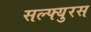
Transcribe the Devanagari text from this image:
सल्फ्युरस